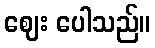
ဈေး ပေါသည်။